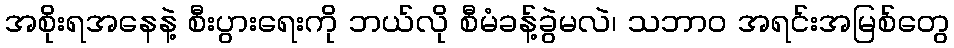
အစိုးရအနေနဲ့ စီးပွားရေးကို ဘယ်လို စီမံခန့်ခွဲမလဲ၊ သဘာ၀ အရင်းအမြစ်တွေ